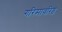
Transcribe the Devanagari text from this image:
गरिमावरिष्ठ